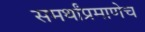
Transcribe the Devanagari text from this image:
समर्थांप्रमाणेच